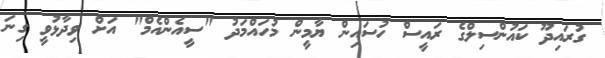
ގުރައިދޫ ކައުންސިލްގެ ރައީސް ހުސައިން ޔާމީން މުހައްމަދު "ސީއެންއެމް" އަށް ވިދާޅުވީ ގިނަ